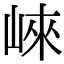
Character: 崍